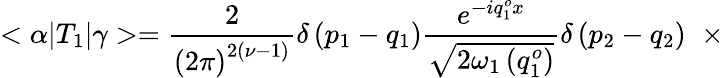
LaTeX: <\alpha|T_{1}|\gamma>=\frac{2}{\left(2\pi\right)^{2\left(\nu-1\right)}}\delta\left(p_{1}-q_{1}\right)\frac{e^{-iq_{1}^{o}x}}{\sqrt{2{\omega}_{1}\left(q_{1}^{o}\right)}}\delta\left(p_{2}-q_{2}\right)\; \; \times